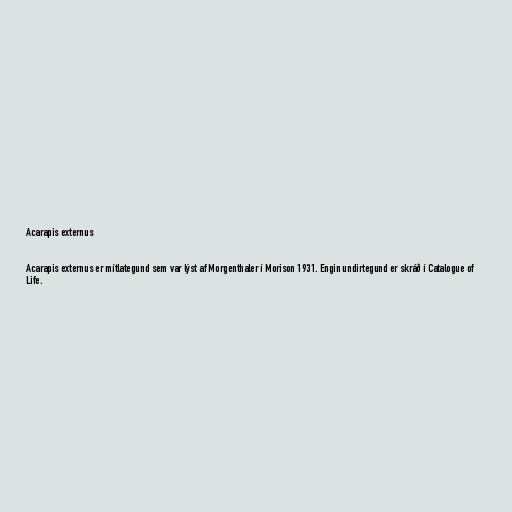
Acarapis externus

Acarapis externus er mítlategund sem var lýst af Morgenthaler í Morison 1931. Engin undirtegund er skráð í Catalogue of
Life.